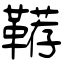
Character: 鞯